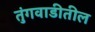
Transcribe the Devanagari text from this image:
तुंगवाडीतील